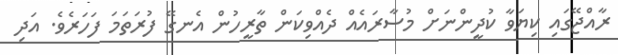
ރާއްޖޭގައި ކިޔަވާ ކުދީންނަށް މުސާރައެއް ދެއްވިކަން ތާރީހުން އެނގޭ ފުރަތަމަ ފަހަރެވެ. އަދި